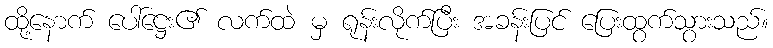
ထို့နောက် ပေါ်ဋ္ဌေး၏ လက်ထဲ မှ ရုန်းလိုက်ပြီး အခန်းပြင် ပြေးထွက်သွားသည်။